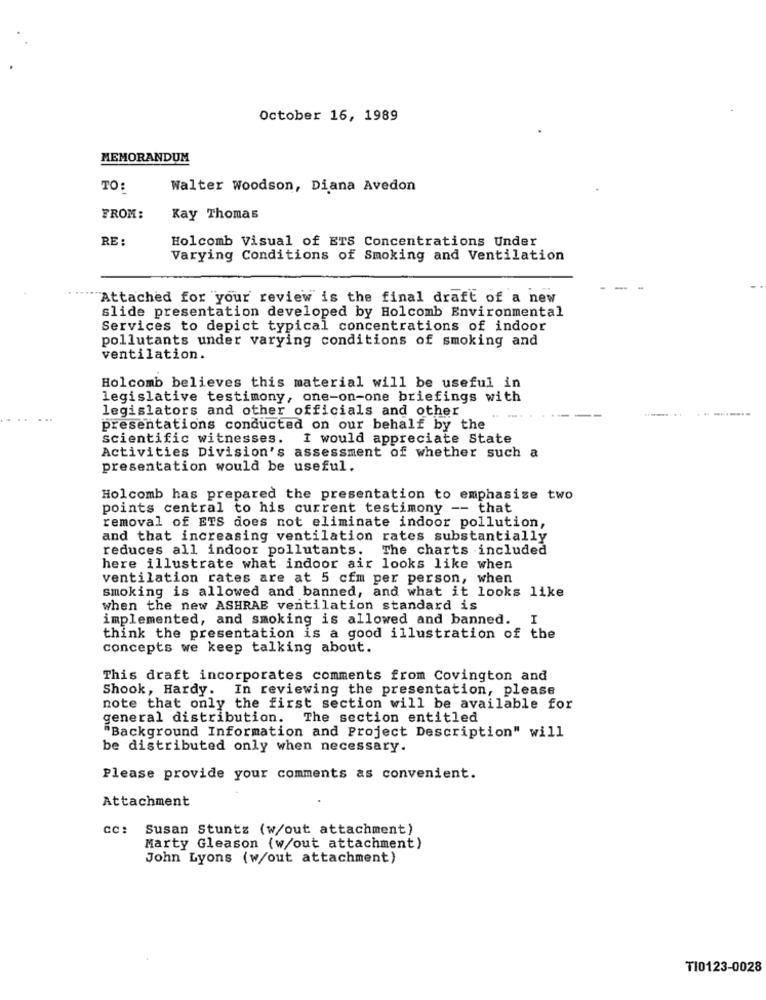
October 16, 1989
MEMORANDUM
TO:
Walter Woodson, Diana Avedon
FROM:
Kay Thomas
RE:
Holcomb Visual of ETS Concentrations Under
Varying Conditions of Smoking and Ventilation
Attached for your review is the final draft of a new
slide presentation developed by Holcomb Environmental
Services to depict typical concentrations of indoor
pollutants under varying conditions of smoking and
ventilation.
Holcomb believes this material will be useful in
legislative testimony, one-on-one briefings with
legislators and other officials and other
presentations conducted on our behalf by the
scientific witnesses. I would appreciate State
Activities Division's assessment of whether such a
presentation would be useful.
Holcomb has prepared the presentation to emphasize two
points central to his current testimony -- that
removal of ETS does not eliminate indoor pollution,
and that increasing ventilation rates substantially
reduces all indoor pollutants. The charts included
here illustrate what indoor air looks like when
ventilation rates are at 5 cfm per person, when
smoking is allowed and banned, and what it looks like
when the new ASHRAE ventilation standard is
implemented, and smoking is allowed and banned.
I
think the presentation is a good illustration of the
concepts we keep talking about.
This draft incorporates comments from Covington and
Shook, Hardy. In reviewing the presentation, please
note that only the first section will be available for
general distribution. The section entitled
"Background Information and Project Description" will
be distributed only when necessary.
Please provide your comments as convenient.
Attachment
CC:
Susan Stuntz (w/out attachment)
Marty Gleason (w/out attachment)
John Lyons (w/out attachment)
TI0123-0028